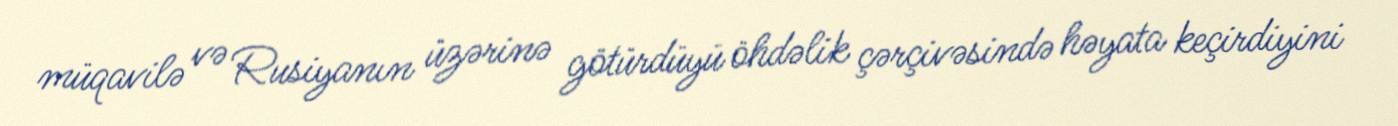
müqavilə və Rusiyanın üzərinə götürdüyü öhdəlik çərçivəsində həyata keçirdiyini